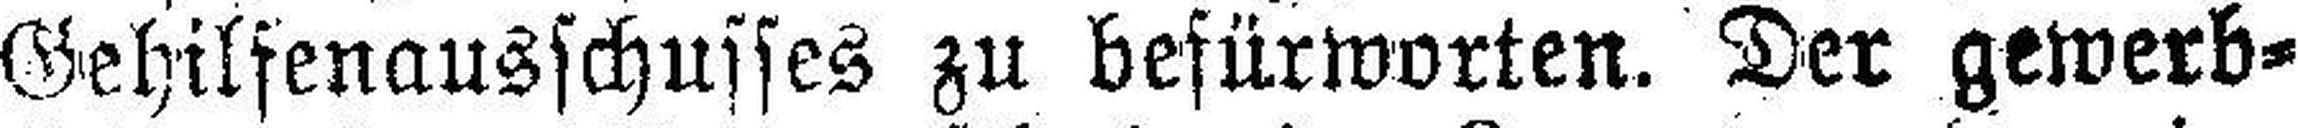
Gehilfenausschusses zu befürworten. Der gewerb¬